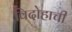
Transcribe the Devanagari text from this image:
विदोहाची